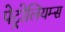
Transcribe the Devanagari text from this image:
पेट्रोलियम्स